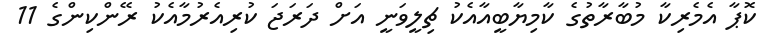
ކޮޕާ އެމެރިކާ މުބާރާތުގެ ކާމިޔާބީއާއެކު ޗިލީވަނީ އަށް ދަރަޖަ ކުރިއެރުމާއެކު ރޭންކިންގެ 11